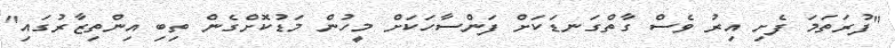
"ފުރަތަމަ ފެށި އިރު ވެސް ގާތްގަނޑަކަށް ފަންސާހަކަށް މީހުން މަޑުކޮށްގެން ތިބި އިންތިޒާރުގައި"